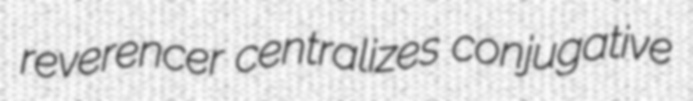
reverencer centralizes conjugative